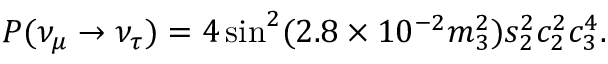
P ( \nu _ { \mu } \to \nu _ { \tau } ) = 4 \sin ^ { 2 } ( 2 . 8 \times 1 0 ^ { - 2 } m _ { 3 } ^ { 2 } ) s _ { 2 } ^ { 2 } c _ { 2 } ^ { 2 } c _ { 3 } ^ { 4 } .